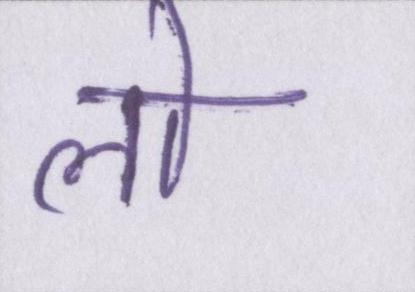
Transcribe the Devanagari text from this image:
लो